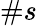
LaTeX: \# s